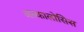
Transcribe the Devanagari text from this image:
अल्कालोसिस